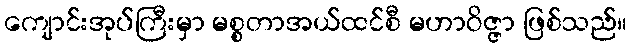
ကျောင်းအုပ်ကြီးမှာ မစ္စတာအယ်ထင်စီ မဟာဝိဇ္ဇာ ဖြစ်သည်။